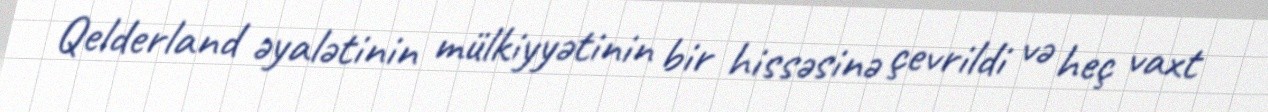
Qelderland əyalətinin mülkiyyətinin bir hissəsinə çevrildi və heç vaxt